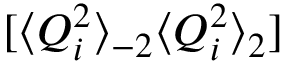
[ \langle Q _ { i } ^ { 2 } \rangle _ { - 2 } \langle Q _ { i } ^ { 2 } \rangle _ { 2 } ]